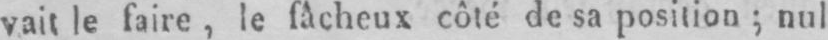
vait le faire, le fâcheux côté de sa position; nul